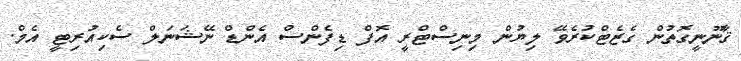
ޤާނޫނީގޮތުން ގެޒެޓްކުރެވޭ ލިޔުން މިނިސްޓްރީ އޮފް ޑިފެންސް އެންޑް ނޭޝަނަލް ސެކިއުރިޓީ އެމް.